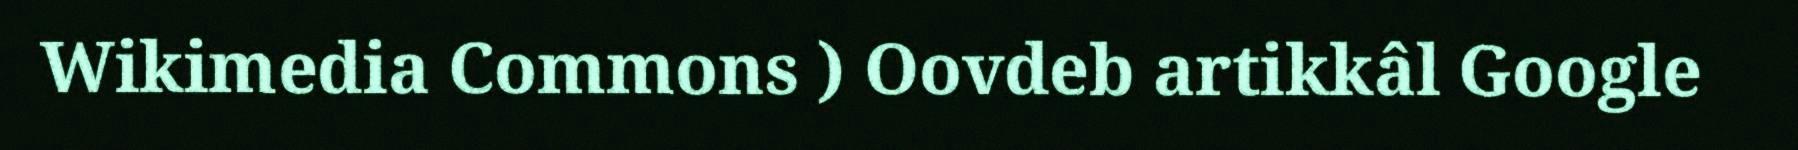
Wikimedia Commons ) Oovdeb artikkâl Google